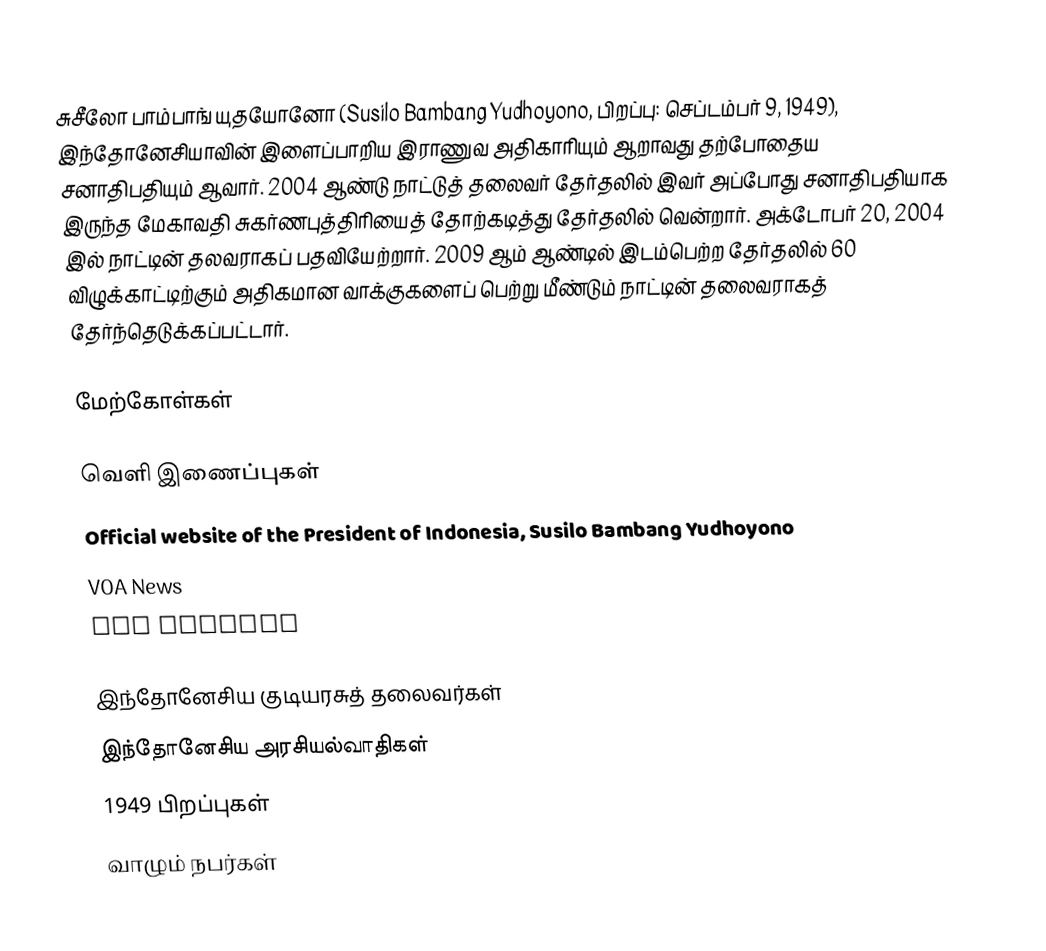
சுசீலோ பாம்பாங் யுதயோனோ (Susilo Bambang Yudhoyono, பிறப்பு: செப்டம்பர் 9, 1949), இந்தோனேசியாவின் இளைப்பாறிய இராணுவ அதிகாரியும் ஆறாவது தற்போதைய சனாதிபதியும் ஆவார். 2004 ஆண்டு நாட்டுத் தலைவர் தேர்தலில் இவர் அப்போது சனாதிபதியாக இருந்த மேகாவதி சுகர்ணபுத்திரியைத் தோற்கடித்து தேர்தலில் வென்றார். அக்டோபர் 20, 2004 இல் நாட்டின் தலவராகப் பதவியேற்றார். 2009 ஆம் ஆண்டில் இடம்பெற்ற தேர்தலில் 60 விழுக்காட்டிற்கும் அதிகமான வாக்குகளைப் பெற்று மீண்டும் நாட்டின் தலைவராகத் தேர்ந்தெடுக்கப்பட்டார்.

மேற்கோள்கள்

வெளி இணைப்புகள்
 Official website of the President of Indonesia, Susilo Bambang Yudhoyono
 VOA News
 BBC Profile

இந்தோனேசிய குடியரசுத் தலைவர்கள்
இந்தோனேசிய அரசியல்வாதிகள்
1949 பிறப்புகள்
வாழும் நபர்கள்